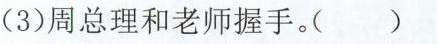
(3)周总理和老师握手。( )